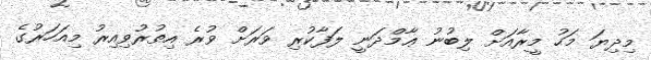
މިދިޔަ މަހު މީރާއަށް ލިބުނު ޢާމްދަނީ ލަފާކުރި ވަރަށް ވުރެ އިތުރުވިއިރު މިއަހަރުގެ